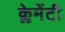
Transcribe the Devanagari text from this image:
क्लेमेंटी